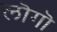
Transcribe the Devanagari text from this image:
लॊगॊ